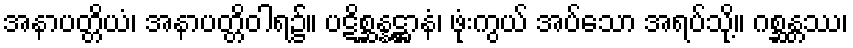
အနာပတ္တိယံ၊ အနာပတ္တိဝါရ၌။ ပဋိစ္ဆန္နဋ္ဌာနံ၊ ဖုံးကွယ် အပ်သော အရပ်သို့။ ဂစ္ဆန္တဿ၊